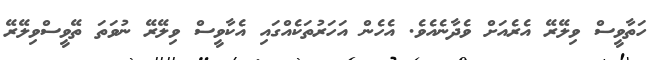
ހަތާވީސް ވިލޭރޭ އެރެއަށް ވެދާނެއެވެ. އެހެން އަހަރުތަކެއްގައި އެކާވީސް ވިލޭރޭ ނުވަތަ ތޭވީސްވިލޭރޭ